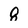
Character: 8